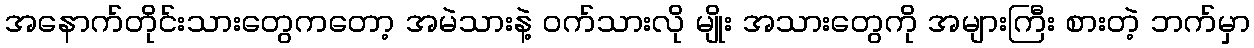
အနောက်တိုင်းသားတွေကတော့ အမဲသားနဲ့ ဝက်သားလို မျိုး အသားတွေကို အများကြီး စားတဲ့ ဘက်မှာ